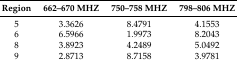
| Region | 662–670 MHZ | 750–758 MHZ | 798–806 MHZ |
 | --- | --- | --- | --- |
 | 5 | 3.3626 | 8.4791 | 4.1553 |
 | 6 | 6.5966 | 1.9973 | 8.2043 |
 | 8 | 3.8923 | 4.2489 | 5.0492 |
 | 9 | 2.8713 | 8.7158 | 3.9781 |